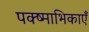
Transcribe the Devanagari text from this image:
पक्ष्माभिकाएँ